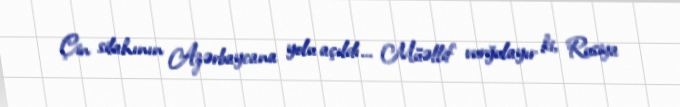
Çin silahının Azərbaycana yolu açıldı... Müəllif vurğulayır ki, Rusiya